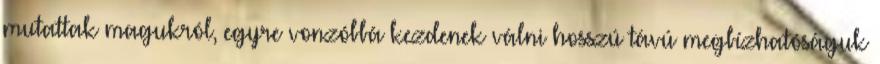
mutattak magukról, egyre vonzóbbá kezdenek válni hosszú távú megbízhatóságuk